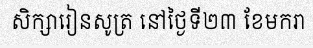
សិក្សារៀនសូត្រ នៅថ្ងៃទី២៣ ខែមករា